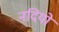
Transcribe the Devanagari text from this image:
नदियों